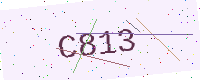
Text: C813